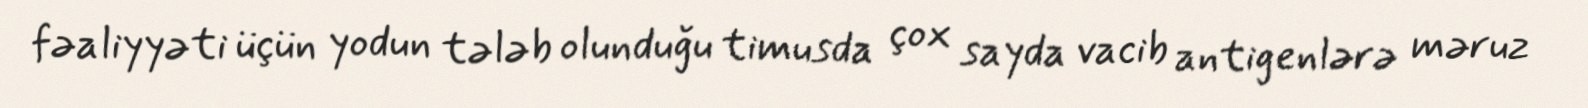
fəaliyyəti üçün yodun tələb olunduğu timusda çox sayda vacib antigenlərə məruz